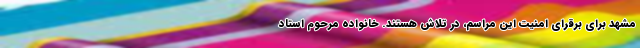
مشهد برای برقرای امنیت این مراسم، در تلاش هستند. خانواده مرحوم استاد